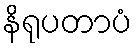
နိရုပတာပံ